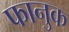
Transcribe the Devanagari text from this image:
फानुक